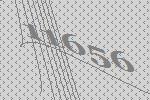
11656